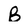
Character: B